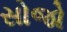
સોજો